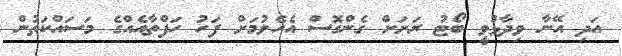
އަދި އޭނާ ވިދާޅުވީ ބޯޓު ރަށަށް ގެންގޮސް އެހެލުމަށް ފަހު ހަފްތާއެއްގެ މަސަައްކަތުން